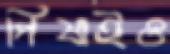
পিষাইও